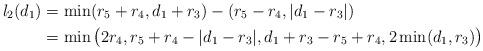
LaTeX: \begin{align*} l_2 (d_1) &= \min (r_5+r_4, d_1+r_3) - (r_5 - r_4, | d_1 - r_3 |)\\&=\min \big( 2r_4, r_5+r_4 - |d_1 - r_3 |, d_1+r_3- r_5 + r_4, 2\min(d_1, r_3) \big)\end{align*}